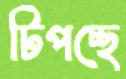
টিপচ্ছে